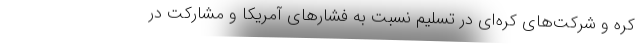
کره و شرکت‌های کره‌ای در تسلیم نسبت به فشارهای آمریکا و مشارکت در